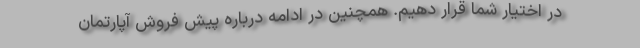
در اختیار شما قرار دهیم. همچنین در ادامه درباره پیش فروش آپارتمان